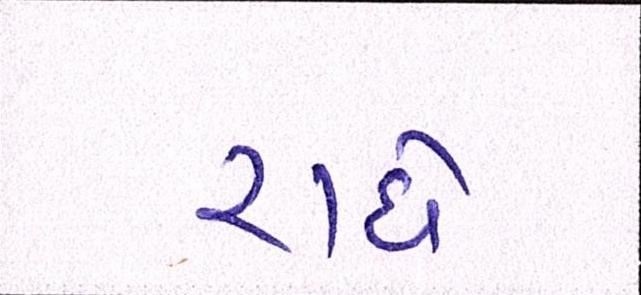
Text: રાધે